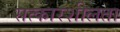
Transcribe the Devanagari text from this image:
सत्कारशीलता